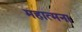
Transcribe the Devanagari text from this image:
महात्मना